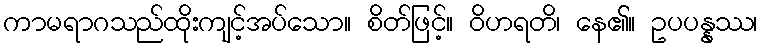
ကာမရာဂသည်ထိုးကျင့်အပ်သော။ စိတ်ဖြင့်။ ဝိဟရတိ၊ နေ၏။ ဥပပန္နဿ၊